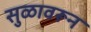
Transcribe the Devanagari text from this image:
सुळावरून